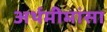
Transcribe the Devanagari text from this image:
अर्थमीमांसा